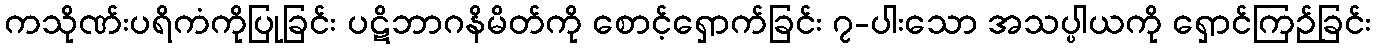
ကသိုဏ်းပရိကံကိုပြုခြင်း ပဋိဘာဂနိမိတ်ကို စောင့်ရှောက်ခြင်း ၇-ပါးသော အသပ္ပါယကို ရှောင်ကြဉ်ခြင်း